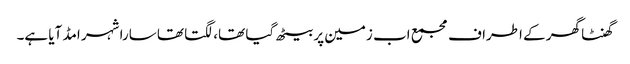
گھنٹا گھر کے اطراف مجمع اب زمین پر بیٹھ گیا تھا، لگتا تھا سارا شہر امڈ آیا ہے۔